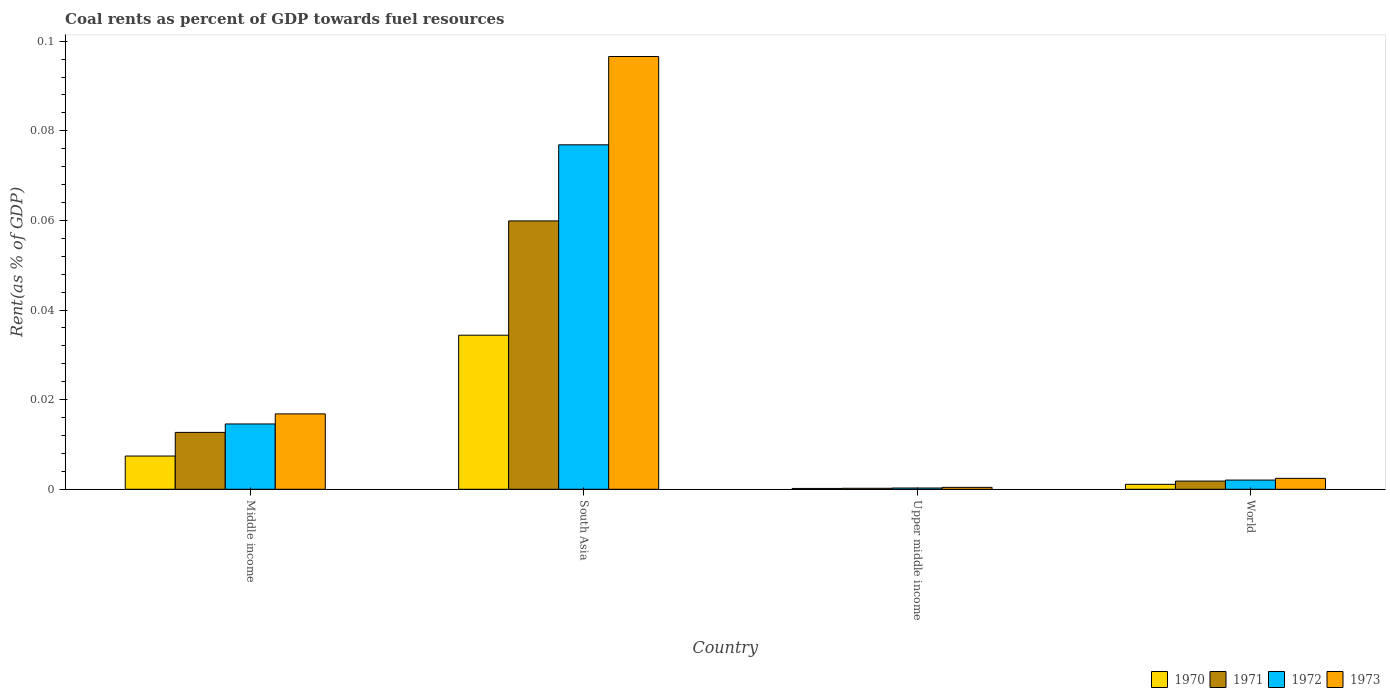
| Country | 1970 | 1971 | 1972 | 1973 |
 | --- | --- | --- | --- | --- |
 | Middle income | 0.00742 | 0.0127 | 0.0146 | 0.0168 |
 | South Asia | 0.0344 | 0.0599 | 0.0769 | 0.0966 |
 | Upper middle income | 0.000184 | 0.000219 | 0.000284 | 0.000431 |
 | World | 0.0011 | 0.00183 | 0.00206 | 0.00244 |